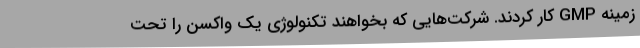
زمینه GMP کار کردند. شرکت‌هایی که بخواهند تکنولوژی یک واکسن را تحت